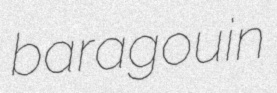
baragouin